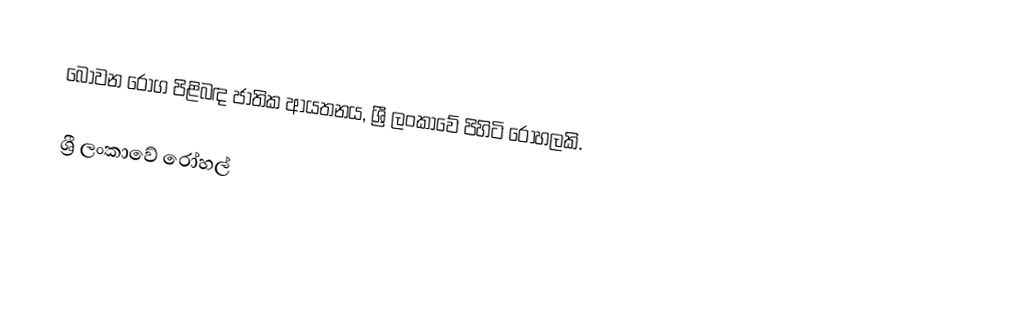
බෝවන රෝග පිළිබඳ ජාතික ආයතනය, ශ්‍රී ලංකාවේ පිහිටි රෝහලකි.

ශ්‍රී ලංකාවේ රෝහල්